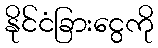
နိုင်ငံခြားငွေကို